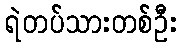
ရဲတပ်သားတစ်ဦး